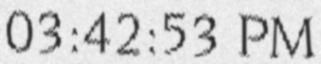
03:42:53 PM